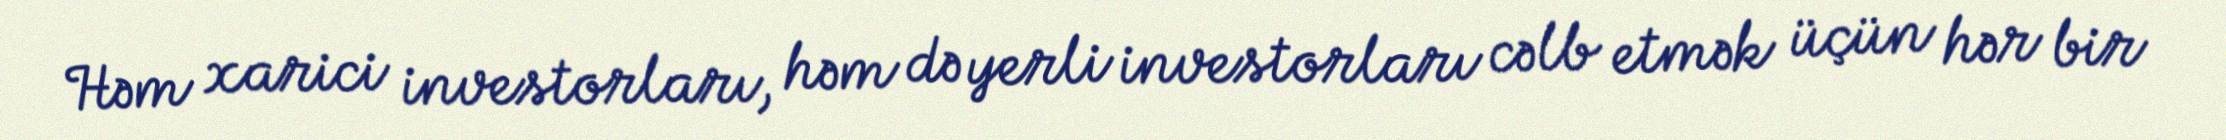
Həm xarici investorları, həm də yerli investorları cəlb etmək üçün hər bir